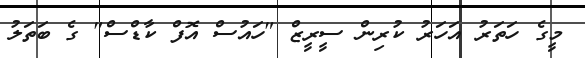
މީގެ ހަތަރު އަހަރު ކުރިން ސީރީޒް "ހައުސް އޮފް ކާޑްސް" ގެ ބަތަލު